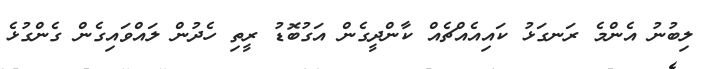
ލިބުނު އެންމެ ރަނގަޅު ކައިއެއްޗެއް ކާންދީގެން އަގުބޮޑު ރީތި ހެދުން ލައްވައިގެން ގެންގުޅެ